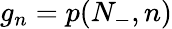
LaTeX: g_{n}=p(N_{-},n)